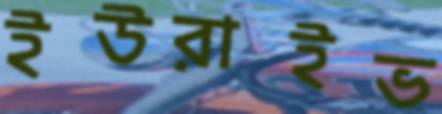
ইউরাইভ